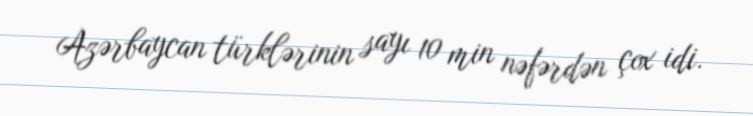
Azərbaycan türklərinin sayı 10 min nəfərdən çox idi.